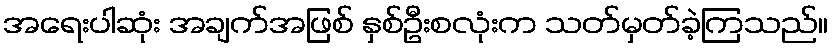
အရေးပါဆုံး အချက်အဖြစ် နှစ်ဦးစလုံးက သတ်မှတ်ခဲ့ကြသည်။